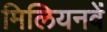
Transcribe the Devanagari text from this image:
मिलियनवें